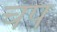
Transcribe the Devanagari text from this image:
चंप